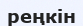
реңкін